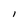
Character: I